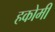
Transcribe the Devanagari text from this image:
हकोमी